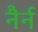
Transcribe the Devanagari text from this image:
नैर्न